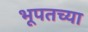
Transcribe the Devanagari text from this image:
भूपतच्या